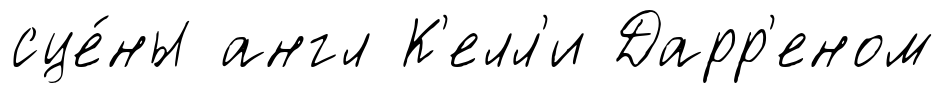
сце́ны англ К'елл'и Дарр'еном